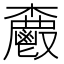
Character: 𮫗